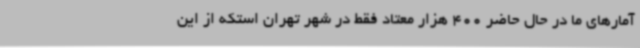
آمارهای ما در حال حاضر 400 هزار معتاد فقط در شهر تهران استکه از این